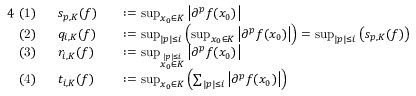
{ \begin{array} { r l r l } { { 4 } { \mathrm { ~ ( 1 ) ~ } } \ } & { s _ { p , K } ( f ) } & & { : = \operatorname* { s u p } _ { x _ { 0 } \in K } \left| \partial ^ { p } f ( x _ { 0 } ) \right| } \\ { { \mathrm { ~ ( 2 ) ~ } } \ } & { q _ { i , K } ( f ) } & & { : = \operatorname* { s u p } _ { | p | \leq i } \left( \operatorname* { s u p } _ { x _ { 0 } \in K } \left| \partial ^ { p } f ( x _ { 0 } ) \right| \right) = \operatorname* { s u p } _ { | p | \leq i } \left( s _ { p , K } ( f ) \right) } \\ { { \mathrm { ~ ( 3 ) ~ } } \ } & { r _ { i , K } ( f ) } & & { : = \operatorname* { s u p } _ { \stackrel { | p | \leq i } { x _ { 0 } \in K } } \left| \partial ^ { p } f ( x _ { 0 } ) \right| } \\ { { \mathrm { ~ ( 4 ) ~ } } \ } & { t _ { i , K } ( f ) } & & { : = \operatorname* { s u p } _ { x _ { 0 } \in K } \left( \sum _ { | p | \leq i } \left| \partial ^ { p } f ( x _ { 0 } ) \right| \right) } \end{array} }